Indian journal of veterinary science and animal husbandry - Volumes 24-25, 1954-1955
Year: 1954
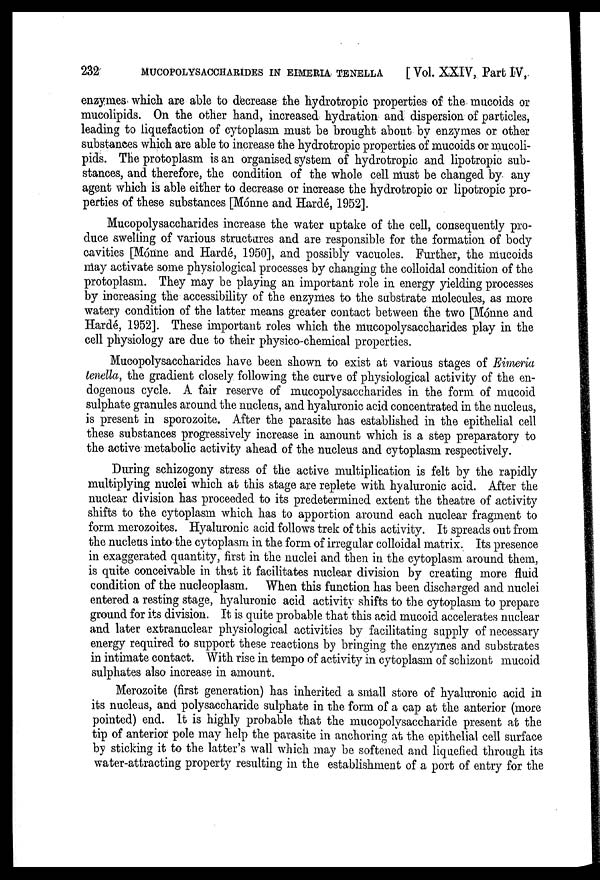
232
MUCOPOLYSACCHARIDES IN EIMERIA TENELLA [ Vol. XXIV, Part IV,
enzymes which are able to decrease the hydrotropic properties of the mucoids or
mucolipids. On the other hand, increased hydration and dispersion of particles,
leading to liquefaction of cytoplasm must be brought about by enzymes or other
substances which are able to increase the hydrotropic properties of mucoids or mucoli-
pids. The protoplasm is an organised system of hydrotropic and lipotropic sub-
stances, and therefore, the condition of the whole cell must be changed by any
agent which is able either to decrease or increase the hydrotropic or lipotropic pro-
perties of these substances [Mónne and Hardé, 1952].
Mucopolysaccharides increase the water uptake of the cell, consequently pro-
duce swelling of various structures and are responsible for the formation of body
cavities [Mónne and Hardé, 1950], and possibly vacuoles. Further, the mucoids
may activate some physiological processes by changing the colloidal condition of the
protoplasm. They may be playing an important role in energy yielding processes
by increasing the accessibility of the enzymes to the substrate molecules, as more
watery condition of the latter means greater contact between the two [Mónne and
Hardé, 1952]. These important roles which the mucopolysaccharides play in the
cell physiology are due to their physico-chemical properties.
Mucopolysaccharides have been shown to exist at various stages of Eimeria
tenella, the gradient closely following the curve of physiological activity of the en-
dogenous cycle. A fair reserve of mucopolysaccharides in the form of mucoid
sulphate granules around the nucleus, and hyaluronic acid concentrated in the nucleus,
is present in sporozoite. After the parasite has established in the epithelial cell
these substances progressively increase in amount which is a step preparatory to
the active metabolic activity ahead of the nucleus and cytoplasm respectively.
During schizogony stress of the active multiplication is felt by the rapidly
multiplying nuclei which at this stage are replete with hyaluronic acid. After the
nuclear division has proceeded to its predetermined extent the theatre of activity
shifts to the cytoplasm which has to apportion around each nuclear fragment to
form merozoites. Hyaluronic acid follows trek of this activity. It spreads out from
the nucleus into the cytoplasm in the form of irregular colloidal matrix. Its presence
in exaggerated quantity, first in the nuclei and then in the cytoplasm around them,
is quite conceivable in that it facilitates nuclear division by creating more fluid
condition of the nucleoplasm. When this function has been discharged and nuclei
entered a resting stage, hyaluronic acid activity shifts to the cytoplasm to prepare
ground for its division. It is quite probable that this acid mucoid accelerates nuclear
and later extranuclear physiological activities by facilitating supply of necessary
energy required to support these reactions by bringing the enzymes and substrates
in intimate contact. With rise in tempo of activity in cytoplasm of schizont mucoid
sulphates also increase in amount.
Merozoite (first generation) has inherited a small store of hyaluronic acid in
its nucleus, and polysaccharide sulphate in the form of a cap at the anterior (more
pointed) end. It is highly probable that the mucopolysaccharide present at the
tip of anterior pole may help the parasite in anchoring at the epithelial cell surface
by sticking it to the latter's wall which may be softened and liquefied through its
water-attracting property resulting in the establishment of a port of entry for the